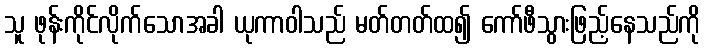
သူ ဖုန်းကိုင်လိုက်သောအခါ ယုကာဝါသည် မတ်တတ်ထ၍ ကော်ဖီသွားဖြည့်နေသည်ကို